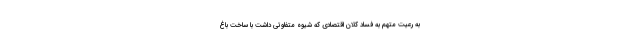
به رعیت متهم به فساد کلان اقتصادی که شیوه متفاوتی داشت با ساخت باغ